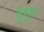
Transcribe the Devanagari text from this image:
युसुप